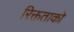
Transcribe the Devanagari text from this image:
रिक्तताको